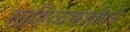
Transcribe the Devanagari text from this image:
साहित्यसंशोधने